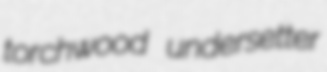
torchwood undersetter